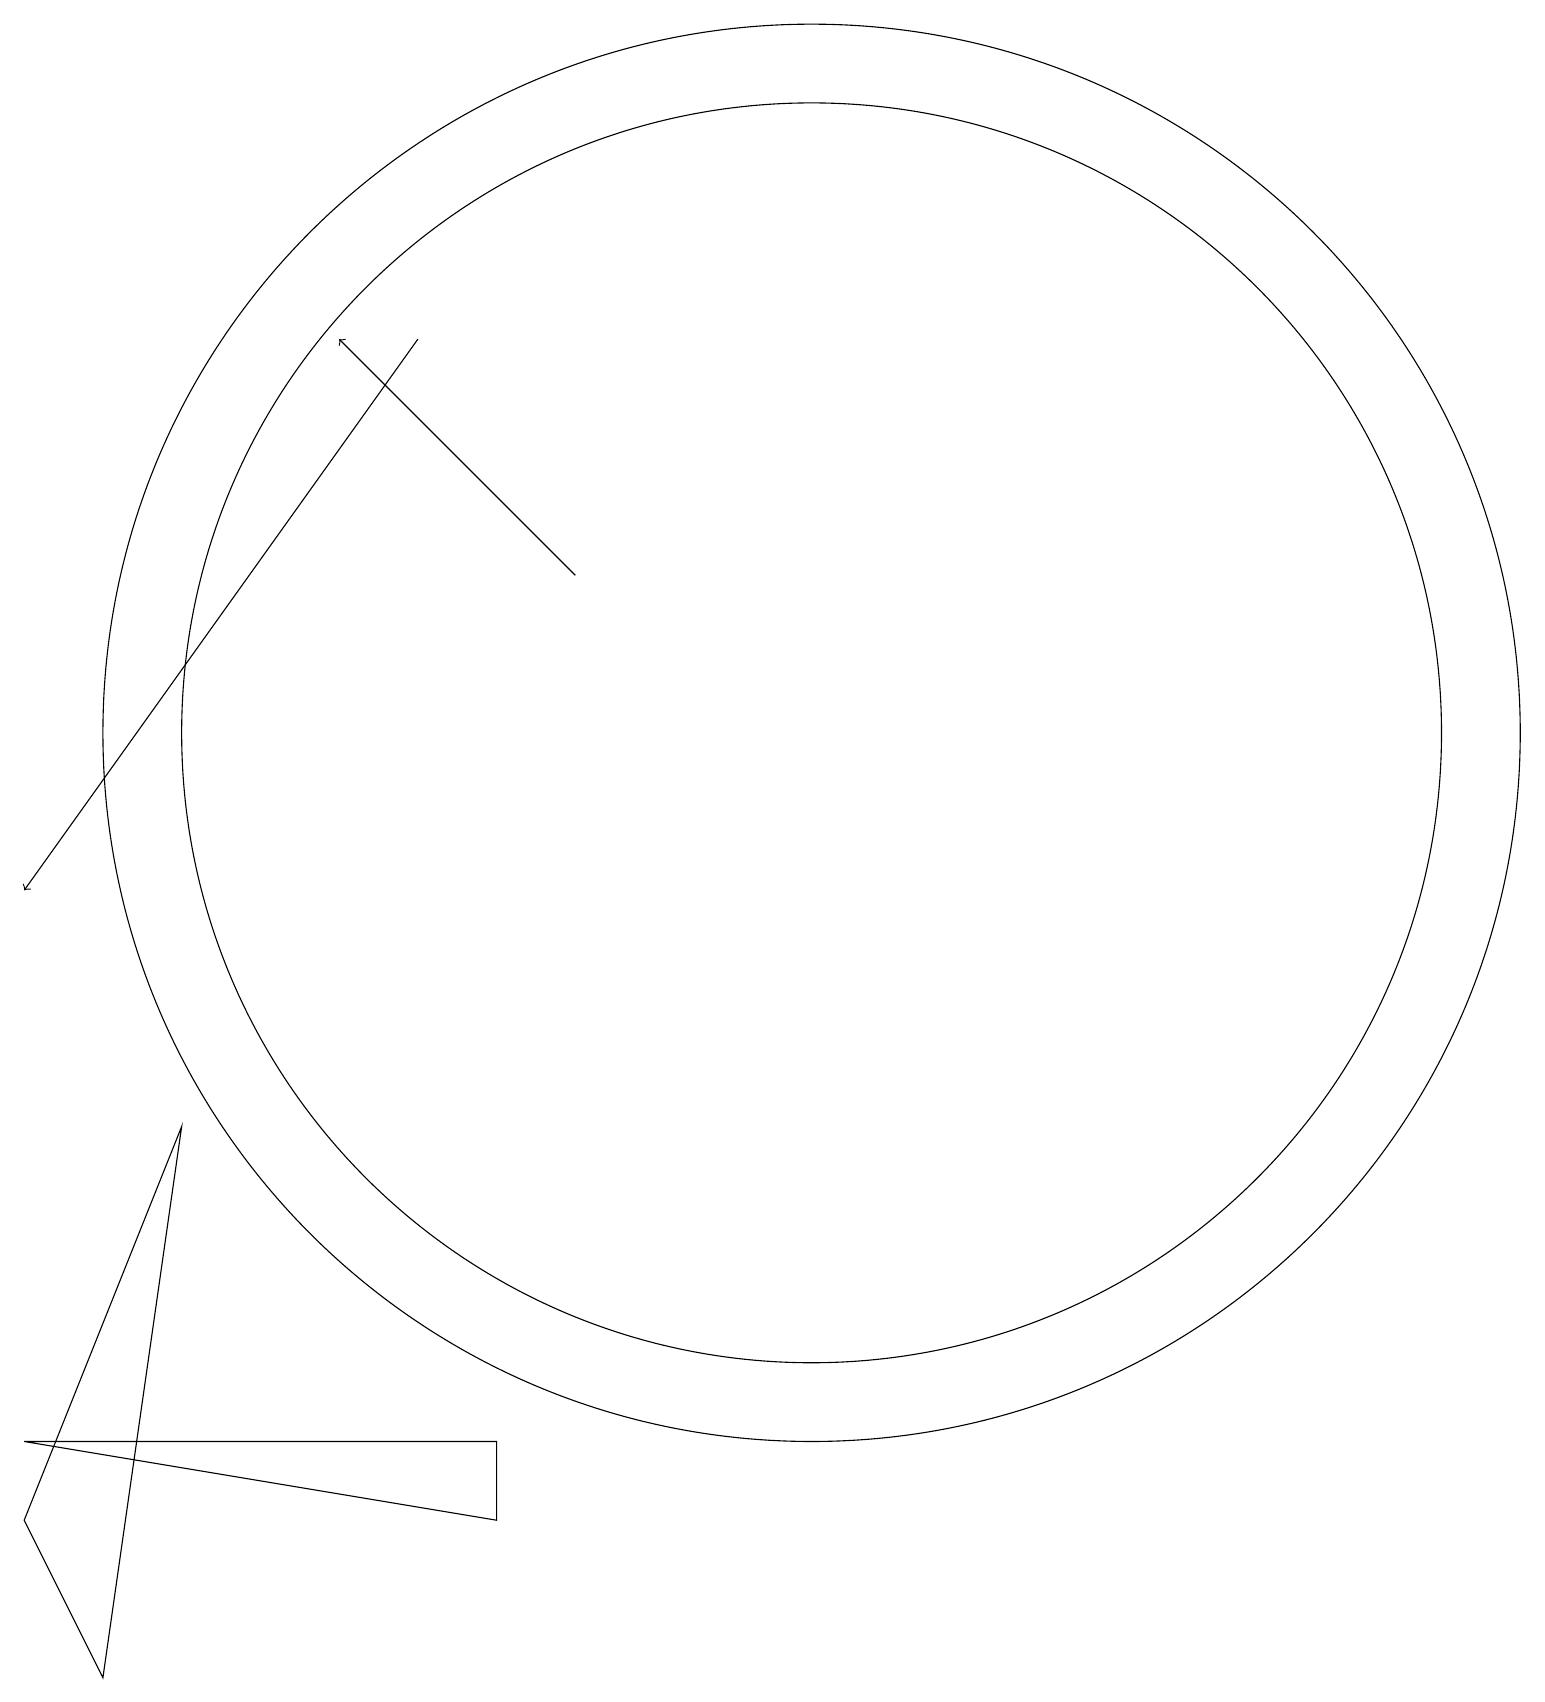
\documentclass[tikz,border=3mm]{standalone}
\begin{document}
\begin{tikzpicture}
\draw[->] (6,17) -- (1,10);
\draw (1,2) -- (3,7) -- (2,0) -- cycle;
\draw[->] (8,14) -- (5,17);
\draw (7,3) -- (7,2) -- (1,3) -- cycle;
\draw (11,12) circle (8);
\draw (11,12) circle (9);
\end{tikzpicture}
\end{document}